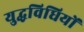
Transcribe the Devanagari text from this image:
युद्धविधियों